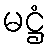
မဋ္ဌံ